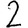
Digit: 2